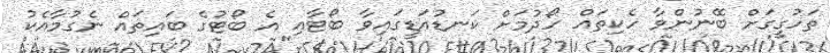
ތަހުގީގަށް ބޭނުންވާ ހެކިތައް ހޯދުމަށް ކަނޑުއަޑީގައިވާ ބޯޓާއި އެ ބޯޓުގެ ބައިތައް ނެގުމާއެކު